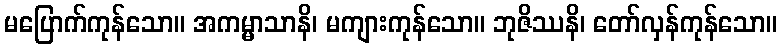
မပြောက်ကုန်သော။ အကမ္မာသာနိ၊ မကျားကုန်သော။ ဘုဇိဿနိ၊ တော်လှန်ကုန်သော။